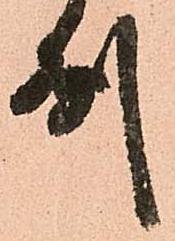
州